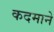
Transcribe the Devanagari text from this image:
कदमाने